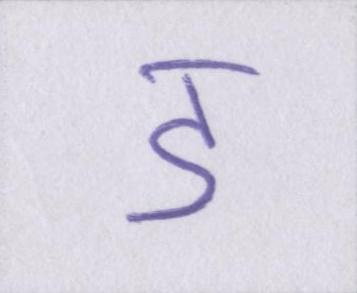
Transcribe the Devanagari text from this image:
ॾ